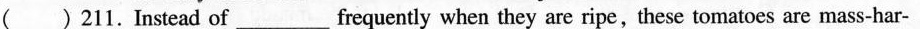
()211. Instead of ___ frequently when they are ripe,these tomatoes are mass-har-